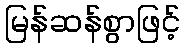
မြန်ဆန်စွာဖြင့်